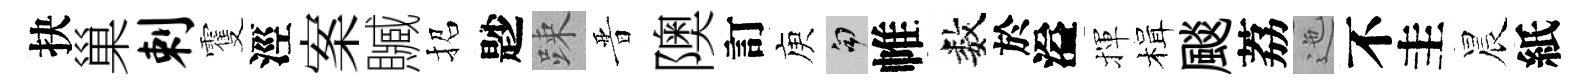
抉巢剌䨥涇案贓招尟踈晋隩訂庾句帷数於溢揮楫颷荔迤不圭晨紙